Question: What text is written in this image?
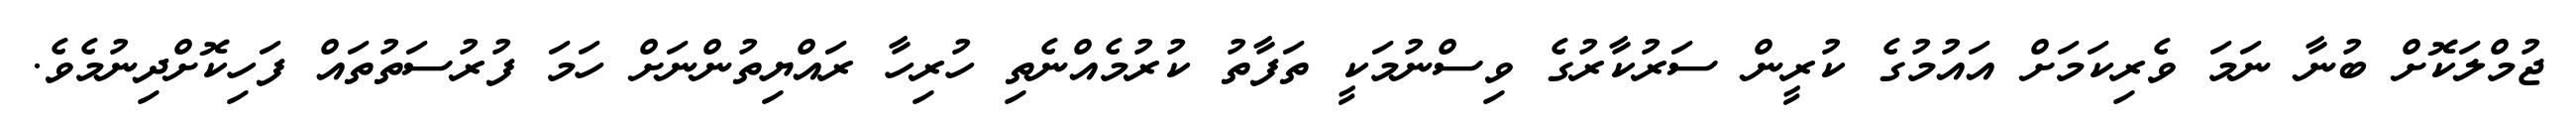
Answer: ޖުމްލަކޮށް ބުނާ ނަމަ ވެރިކަމަށް އައުމުގެ ކުރީން ސަރުކާރުގެ ވިސްނުމަކީ ތަފާތު ކުރުމެއްނެތި ހުރިހާ ރައްޔިތުންނަށް ހަމަ ފުރުސަތުތައް ފަހިކޮށްދިނުމެވެ.